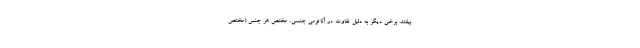
بیفتد. برخی دیگر به دلیل تفاوت در آناتومی جنسی، مختص هر جنس (مختص